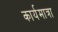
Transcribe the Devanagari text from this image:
कार्यमात्रा